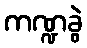
ကဏ္ဍခွဲ